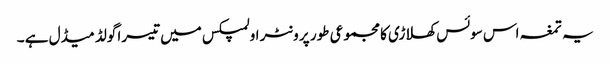
یہ تمغہ اس سوئس کھلاڑی کا مجموعی طور پر ونٹر اولمپکس میں تیسرا گولڈ میڈل ہے ۔